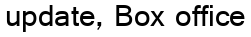
update, Box office